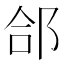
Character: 郃